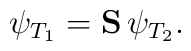
\psi_{T_1}=  \mbox{{\bf S}}\, \psi_{T_2}.